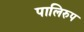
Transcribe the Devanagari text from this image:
पालिरुप